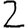
Digit: 2